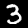
Label: 3